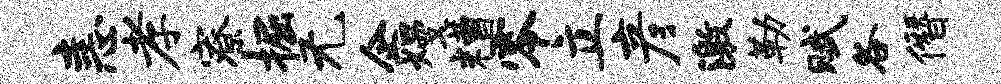
恚孝寮掘无企熳糟零立彦激勒赋各僭